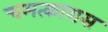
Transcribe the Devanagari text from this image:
चमत्कारास